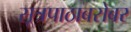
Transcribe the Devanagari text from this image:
सूत्रपाठाबरोबर